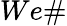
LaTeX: We\#